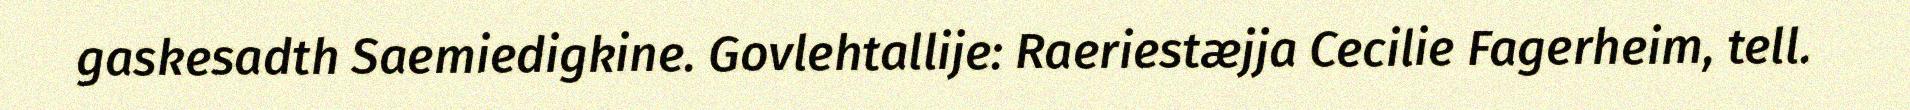
gaskesadth Saemiedigkine. Govlehtallije: Raeriestæjja Cecilie Fagerheim, tell.